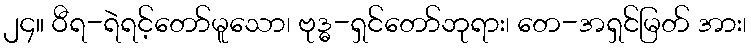
၂၄။ ဝီရ-ရဲရင့်တော်မူသော၊ ဗုဒ္ဓ-ရှင်တော်ဘုရား၊ တေ-အရှင်မြတ် အား၊